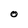
Character: O